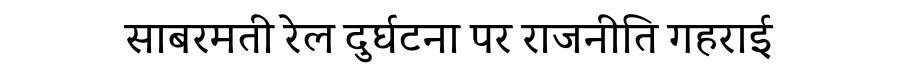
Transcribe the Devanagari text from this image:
साबरमती रेल दुर्घटना पर राजनीति गहराई